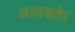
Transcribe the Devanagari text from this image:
आवडते।